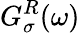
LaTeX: G_{\sigma}^{R}(\omega)